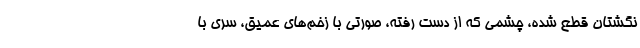
نگشتان قطع شده، چشمی که از دست رفته، صورتی با زخم‌های عمیق، سری با